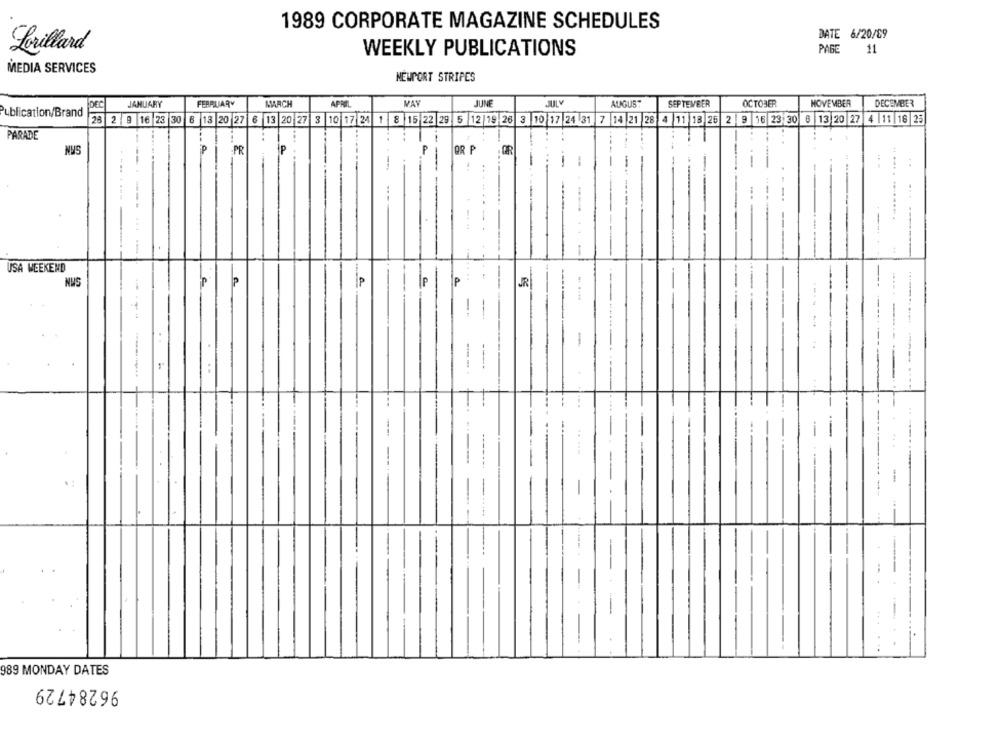
1989 CORPORATE MAGAZINE SCHEDULES
DATE 6/20/89
Lorillard
WEEKLY PUBLICATIONS
PAG
11
MEDIA SERVICES
NEWPORT STRIPES
DEC
JANUARY
FEBRUARY
MARCH
APRIL
MAY
JUNE
AUGUST
SEPTEMBER
OCTOBER
NOVEMBER
DECEMBER
Publication/Brand
28 2 9 16 23 30 8 13 20 27 6 13 20 27 3 10 17 24 1 8 15 22 29 5 12 19 26 3 10 17 24 31 7 14 21 28 4 11 18 25 2 9 16 23 30 6 13 20 27 4 11 18 25
PARADE
P
P
OR P
NUS
PR
IP
--
-
---
USA WEEKEND
NWS
P
IP
P
JR
-
-
----
.....
---
.
---
...
989 MONDAY DATES
96284729